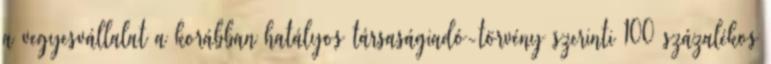
a vegyesvállalat a korábban hatályos társaságiadó-törvény szerinti 100 százalékos